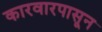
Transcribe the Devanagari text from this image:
कारवारपासून